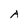
Character: A